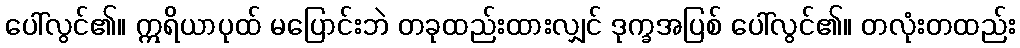
ပေါ်လွင်၏။ ဣရိယာပုထ် မပြောင်းဘဲ တခုထည်းထားလျှင် ဒုက္ခအပြစ် ပေါ်လွင်၏။ တလုံးတထည်း